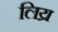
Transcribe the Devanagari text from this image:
लिय्र